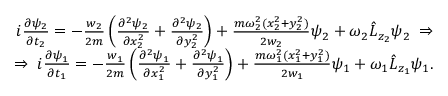
\begin{array} { r } { i \frac { \partial \psi _ { 2 } } { \partial t _ { 2 } } = - \frac { w _ { 2 } } { 2 m } \left( \frac { \partial ^ { 2 } \psi _ { 2 } } { \partial x _ { 2 } ^ { 2 } } + \frac { \partial ^ { 2 } \psi _ { 2 } } { \partial y _ { 2 } ^ { 2 } } \right) + \frac { m \omega _ { 2 } ^ { 2 } ( x _ { 2 } ^ { 2 } + y _ { 2 } ^ { 2 } ) } { 2 w _ { 2 } } \psi _ { 2 } + \omega _ { 2 } \hat { L } _ { z _ { 2 } } \psi _ { 2 } \; \Rightarrow } \\ { \Rightarrow \; i \frac { \partial \psi _ { 1 } } { \partial t _ { 1 } } = - \frac { w _ { 1 } } { 2 m } \left( \frac { \partial ^ { 2 } \psi _ { 1 } } { \partial x _ { 1 } ^ { 2 } } + \frac { \partial ^ { 2 } \psi _ { 1 } } { \partial y _ { 1 } ^ { 2 } } \right) + \frac { m \omega _ { 1 } ^ { 2 } ( x _ { 1 } ^ { 2 } + y _ { 1 } ^ { 2 } ) } { 2 w _ { 1 } } \psi _ { 1 } + \omega _ { 1 } \hat { L } _ { z _ { 1 } } \psi _ { 1 } . } \end{array}